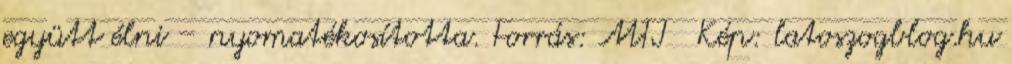
együtt élni – nyomatékosította. Forrás: MTI Kép: latoszogblog.hu